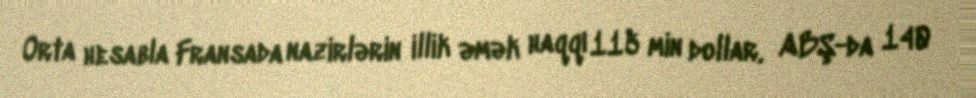
Orta hesabla Fransada nazirlərin illik əmək haqqı 115 min dollar, ABŞ-da 140